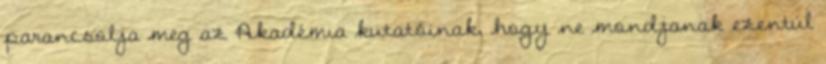
parancsolja meg az Akadémia kutatóinak, hogy ne mondjanak ezentúl